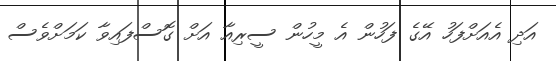
އަދި އެއަށްފަހު އޭގެ ފަހުން އެ މީހުން ސީރިއާ އަށް ގޮސްފައިވާ ކަމަށްވެސް